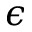
\epsilon